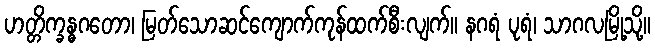
ဟတ္တိက္ခန္ဓဂတော၊ မြတ်သောဆင်ကျောက်ကုန်ထက်စီးလျက်။ နဂရံ ပုရံ၊ သာဂလမြို့သို့။